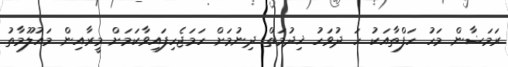
ރަމަޟާން މަހު ހަފްތާއަކު ހަ ދުވަހު ޚިދުމަތް ދިނުމަށް ހަމަޖެހިފައިވާކަމަށް މީރާއިން މައުލޫމާތު